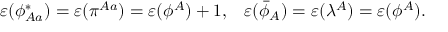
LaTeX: \varepsilon ( \phi _ { A a } ^ { * } ) = \varepsilon ( \pi ^ { A a } ) = \varepsilon ( \phi ^ { A } ) + 1 , \; \; \; \varepsilon ( \bar { \phi } _ { A } ) = \varepsilon ( { \lambda } ^ { A } ) = \varepsilon ( \phi ^ { A } ) .